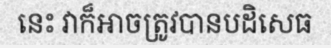
នេះ វាក៏អាចត្រូវបានបដិសេធ